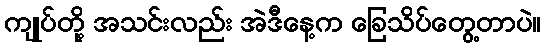
ကျုပ်တို့ အသင်းလည်း အဲဒီနေ့က ခြေသိပ်တွေ့တာပဲ။